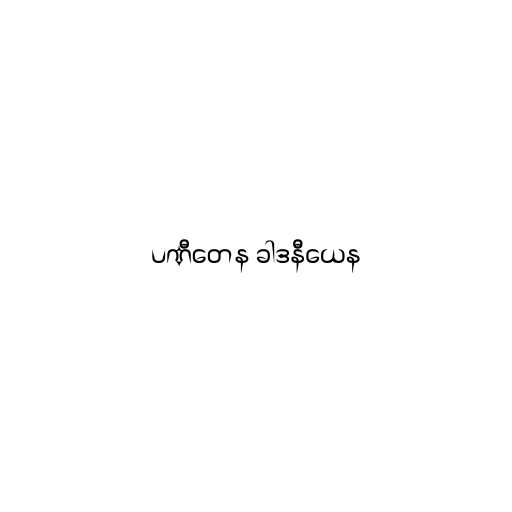
ပဏီတေန ခါဒနီယေန